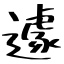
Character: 遽